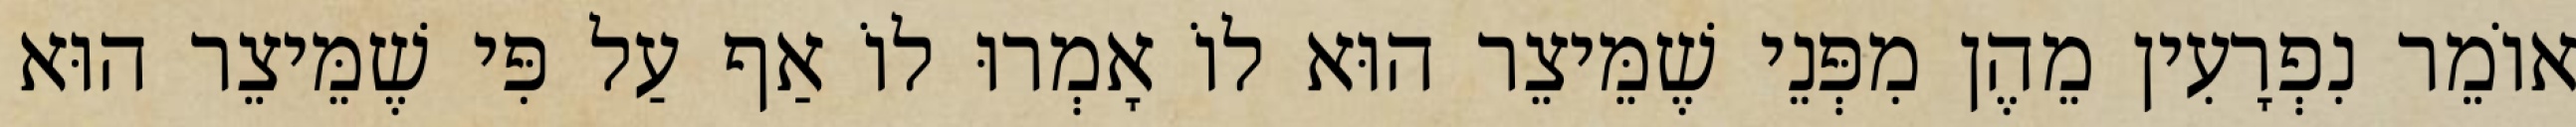
אוֹמֵר נִפְרָעִין מֵהֶן מִפְּנֵי שֶׁמֵּיצֵר הוּא לוֹ אָמְרוּ לוֹ אַף עַל פִּי שֶׁמֵּיצֵר הוּא